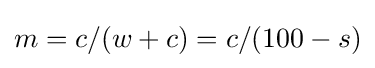
m=c/(w+c)=c/(100-s)